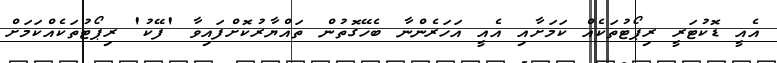
އެއީ ޑޮކުޓަރީ ރިޕޯޓުތަކެއް ކަމަށާއި އެއީ އަހަރެންނާ ބެހޭގޮތުން ތައްޔާރުކޮށްފައިވާ 'ފޭކު' ރިޕޯޓުތަކެއްކަމަށް